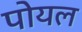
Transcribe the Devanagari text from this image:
पोयल